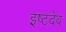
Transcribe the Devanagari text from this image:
इष्‍टदेव